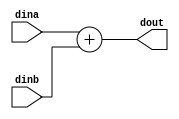
module add (
  input  signed [31:0]	dina,
  input  signed [31:0]	dinb,
  output signed [31:0]	dout
);

  assign dout = dina + dinb;
 
endmodule